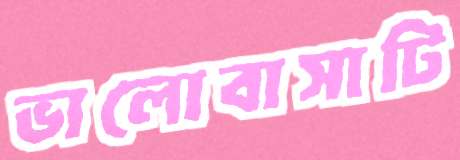
ভালোবাসাটি